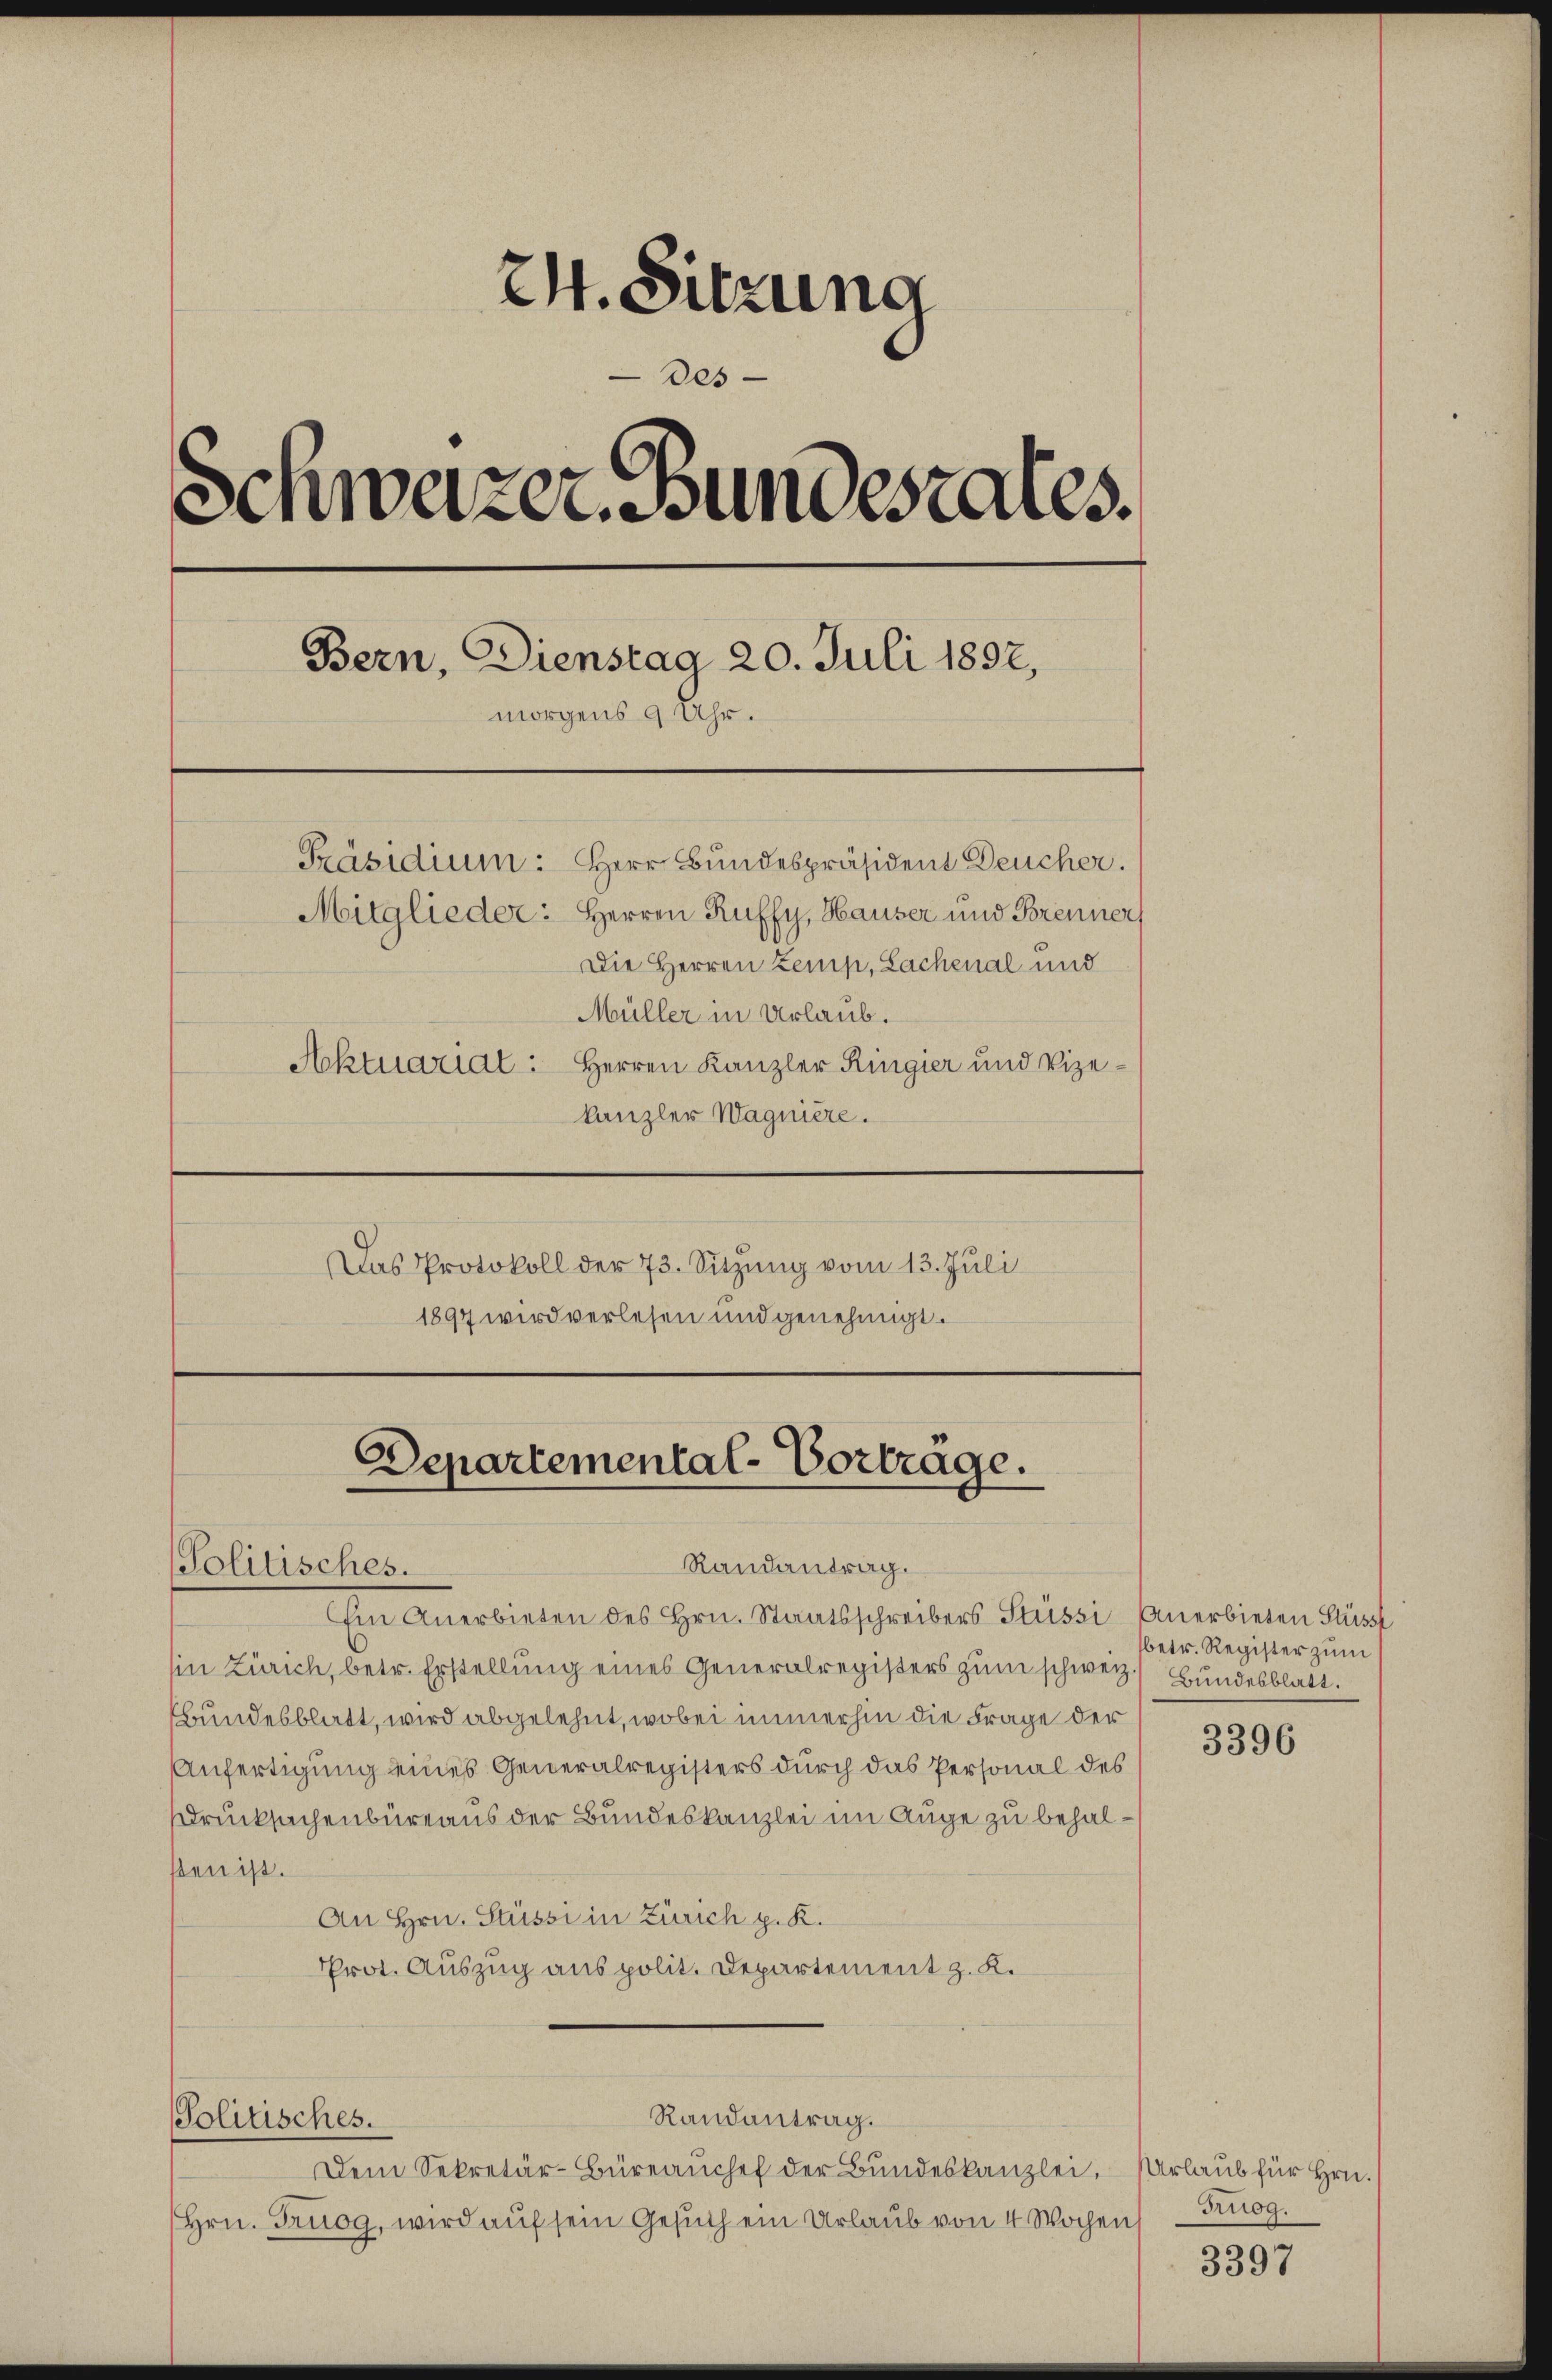
24. Sitzung
des
Schweizer Bundesrates.
Bern, Dienstag 20. Juli 1892,
morgens 9 Uhr.
Präsidium: Herr Bundespräsident Deucher.
Mitglieder: Herren Ruffy, Hauser und Brenner
Die Herren Zemp, Lachenal und
Müller in Urlaub.
Aktuarial: Herren Kanzler Ringier und Vizekanzler Wagniere.

Das Protokoll der 73. Sitzung vom 13. Juli
1897 wird verlesen und genehmigt.

Departemental-Vorträge.
Randantrag.
Politisches.
Ein Anerbieten des Hrn. Staatsschreibers Stüssi Anerbieten Flüss

in Zürich, betr. Erstellung eines Generalregisters zum schweiz. Bundesblatt.
Bundesblatt, wird abgelehnt, wobei immerhin die Frage der
Anfertigung eines Generalregisters durch das Personal des
Drucksachenbüreaus der Bundeskanzlei im Auge zu behalsten ist.
An Hrn. Stüssi in Zürich p. K.
Prot. Auszug aus polit. Departement z. K.

Dem Sekretär-Büreaŭchef der Bundeskanzlei,
Hrn. Truog, wird auf sein Gesuch ein Urlaub von 4 Wochen

Politisches.

Randantrag.

betr. Register zum

3396

Urlaub für Hrn.
Truog.

3397